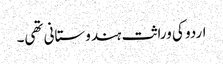
اردو کی وراثت ہندوستانی تھی۔